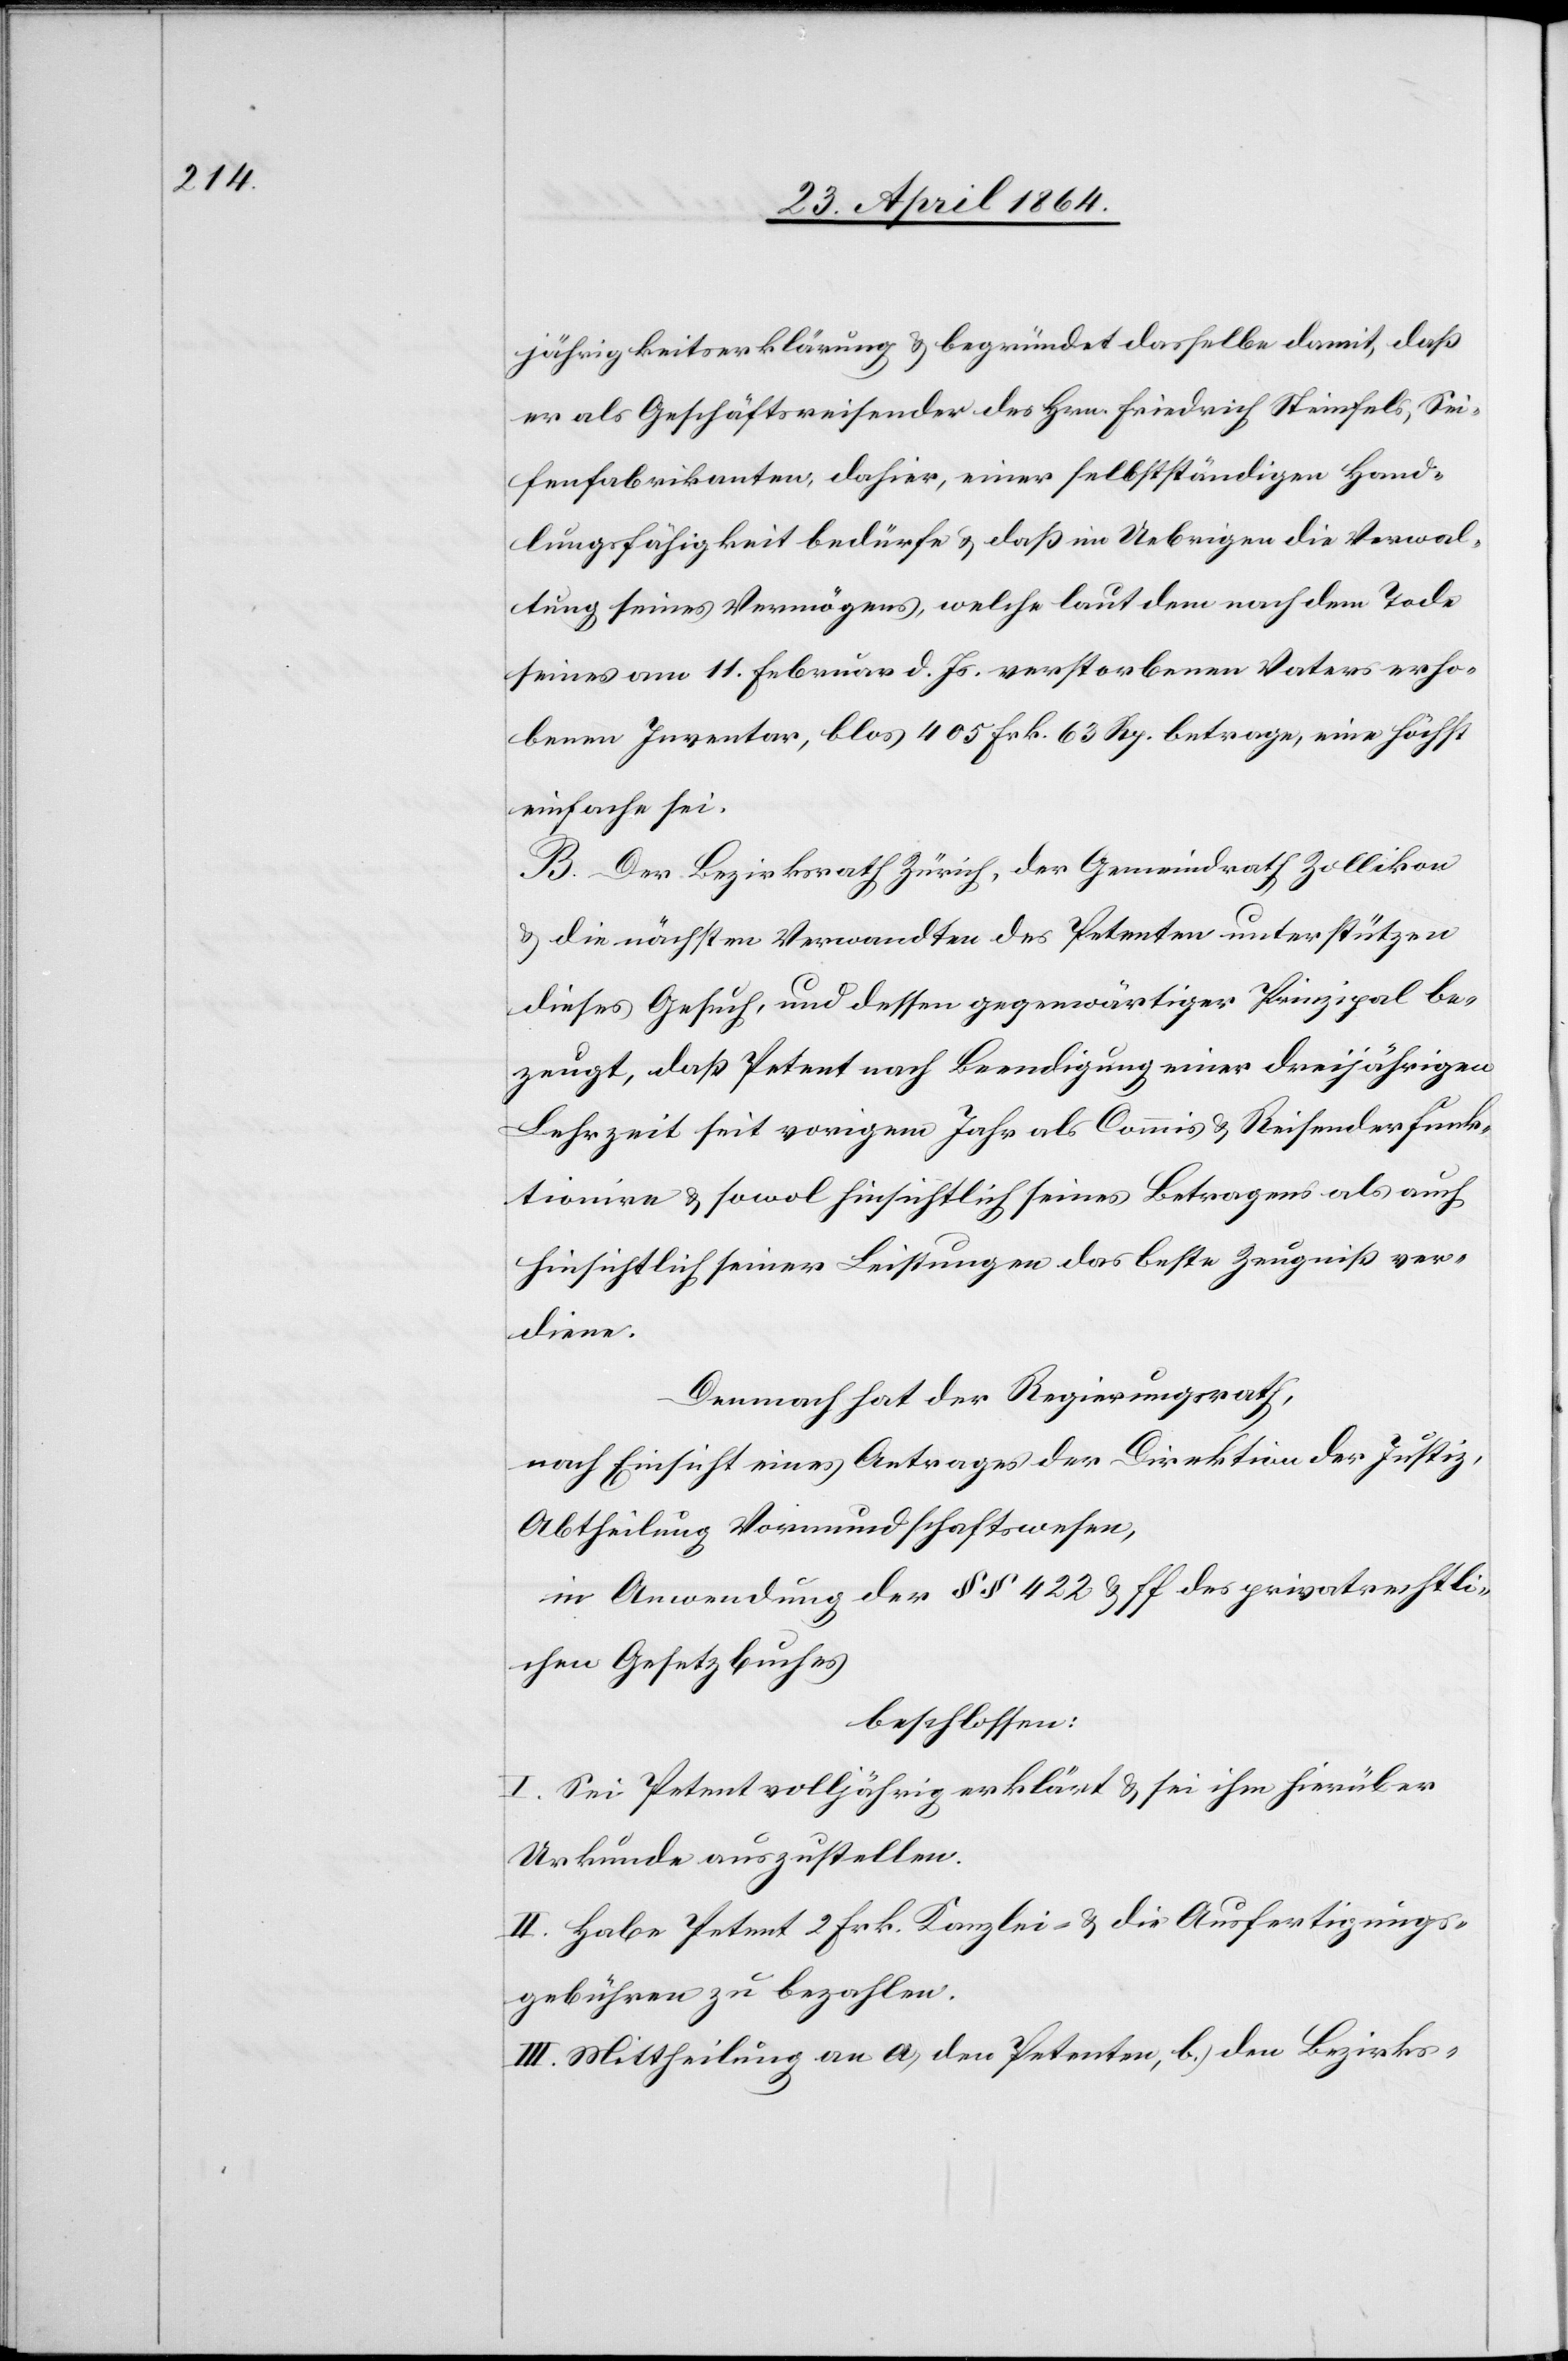
jährigkeitserklärung u. begründet dasselbe damit, daß
er als Geschäftsreisender des Hrn. Friedrich Steinfels, Sei¬
fenfabrikanten, dahier, einer selbstständigen Hand¬
lungsfähigkeit bedürfe u. daß im Uebrigen die Verwal¬
tung seines Vermögens, welche laut dem nach dem Tode
seines am 11. Februar d. Js. verstorbenen Vaters erho¬
benen Inventar, blos 405 Frk. 63 Rp. betrage, eine höchst
einfache sei.
B. Der Bezirksrath Zürich, der Gemeindrath Zollikon
u. die nächsten Verwandten des Petenten unterstützen
dieses Gesuch, und dessen gegenwärtiger Prinzipal be¬
zeigt, daß Petent nach Beendigung einer dreijährigen
Lehrzeit seit vorigem Jahr als Commis u. Reisender funk¬
tionire u. sowol hinsichtlich seines Betragens als auch
hinsichtlich seiner Leistungen das beste Zeugniß ver¬
diene.
Demnach hat der Regierungsrath,
nach Einsicht eines Antrages der Direktion der Justiz,
Abtheilung Vormundschaftswesen,
in Anwendung der §§ 422 u. ff des privatrechtli¬
chen Gesetzbuches
beschlossen:
I. Sei Petent volljährig erklärt u. sei ihm hierüber
Urkunde auszustellen.
II. Habe Petent 2 Frk. Kanzlei- u. die Ausfertigungs¬
gebühren zu bezahlen.
III. Mittheilung an a.) den Petenten, b.) den Bezirks-